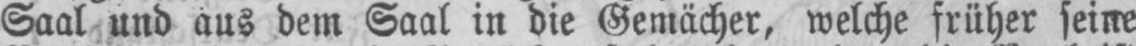
Saal und aus dem Saal in die Gemächer, welche früher seine